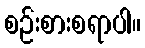
စဉ်းစားစရာပါ။